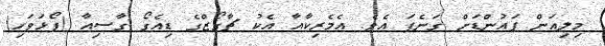
މިލިއަން ޕައުންޑަށް ގަނެފަ އެވެ. އެމެރިކާއާ އެކު ޗާގޯޒްގެ ޑިއެގޯ ގާސިއާ (ފޯޅަވަހި)